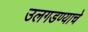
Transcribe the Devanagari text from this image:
उलगडण्याचे